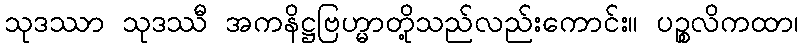
သုဒဿာ သုဒဿီ အကနိဋ္ဌဗြဟ္မာတို့သည်လည်းကောင်း။ ပဉ္စလိကထာ၊